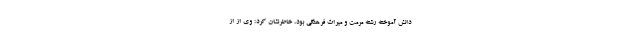
دانش آموخته رشته مرمت و میراث فرهنگی بود، خاطرنشان کرد: وی از از